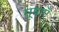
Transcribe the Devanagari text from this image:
मूषाएँ